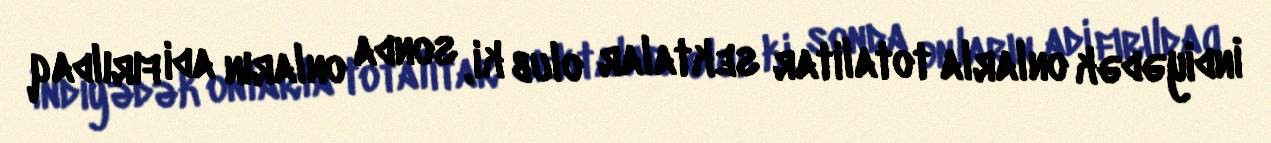
İndiyədək onlarla totalitar sektalar olub ki, sonda onların adi fırıldaq